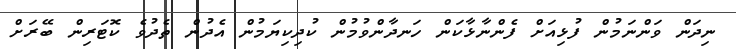
ނިދަން ވަންނަމުން ފުޅިއަށް ފެންނާޅާކަން ހަނދާންވުމުން ކުދިކިޔަމުން އެދުން ތެދުވެ ކޮޓަރިން ބޭރަށް